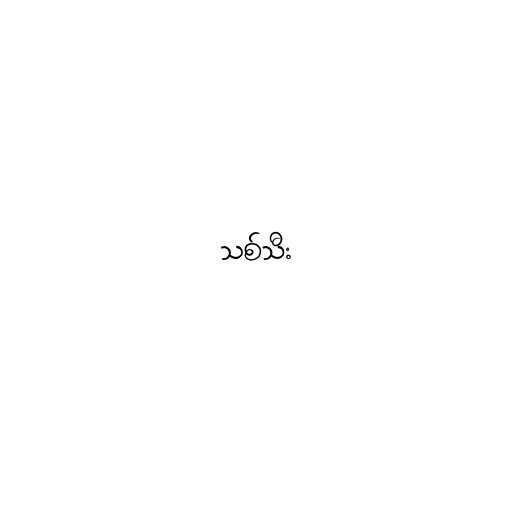
သစ်သီး